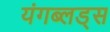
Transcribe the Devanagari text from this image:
यंगब्लड्स